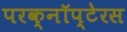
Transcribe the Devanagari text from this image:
परक्नॉप्टेरस